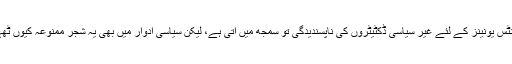
اسٹوڈنٹس یونینز کے لئے غیر سیاسی ڈکٹیٹروں کی ناپسندیدگی تو سمجھ میں آتی ہے، لیکن سیاسی ادوار میں بھی یہ شجر ِممنوعہ کیوں ٹھہریں؟